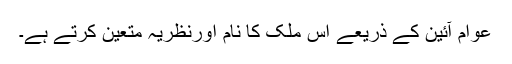
عوام آئین کے ذریعے اس ملک کا نام اورنظریہ متعیّن کرتے ہے۔